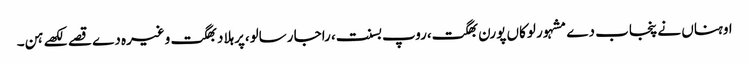
اوہناں نے پنجاب دے مشہور لوکاں پورن بھگت،روپ بسنت، راجا رسالو،پرہلاد بھگت وغیرہ دے قصے لکھے ہن۔